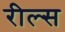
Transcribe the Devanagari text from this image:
रील्स